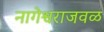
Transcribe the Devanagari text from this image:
नागेश्वराजवळ